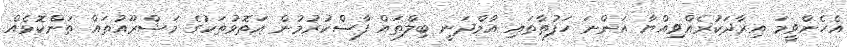
އެހެންވީމަ އިރާދަކުރެއްވިއްޔާ އަންނަ ހަފުތާތައި އާމްދަނީ ބިލްތައް ފާސްކުރުމުން އަތޮޅުތަކުގެ މަޝްރޫއުތައް ތަންކޮޅެއް